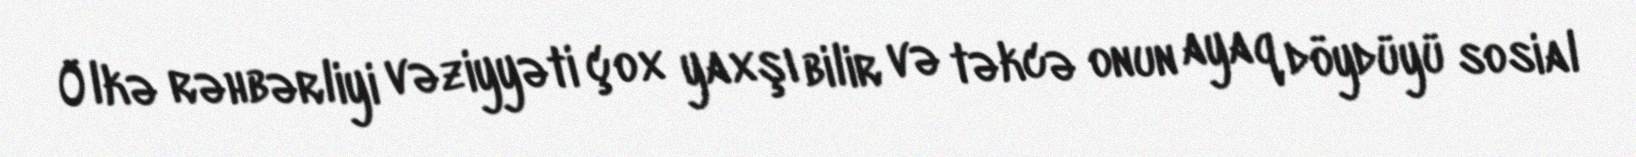
Ölkə rəhbərliyi vəziyyəti çox yaxşı bilir və təkcə onun ayaq döydüyü sosial